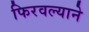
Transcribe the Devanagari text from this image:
फिरवल्याने